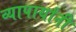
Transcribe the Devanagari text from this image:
व्यापार्यांनी